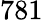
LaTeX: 781